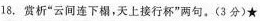
18.赏析”云间连下榻，天上接行杯”两句。(3分)★